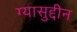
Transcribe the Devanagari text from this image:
ग्यासुद्दीन